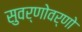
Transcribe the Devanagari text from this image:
सुवर्णोवर्णो